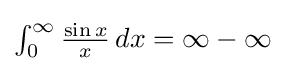
{\textstyle \int _{0}^{\infty }{\frac {\sin x}{x}}\,dx=\infty -\infty }